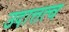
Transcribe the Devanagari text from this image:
उदात्तत्व